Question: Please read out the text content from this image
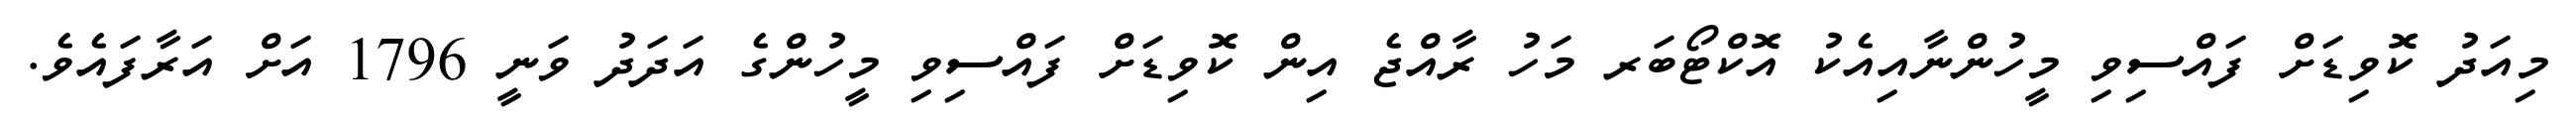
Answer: މިއަދު ކޮވިޑަށް ފައްސިވި މީހުންނާއިއެކު އޮކްޓޯބަރ މަހު ރާއްޖެ އިން ކޮވިޑަށް ފައްސިވި މީހުންގެ އަދަދު ވަނީ 1796 އަށް އަރާފައެވެ.